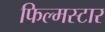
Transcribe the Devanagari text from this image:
फिल्मस्टार